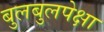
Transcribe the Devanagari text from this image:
बुलबुलपेक्षा